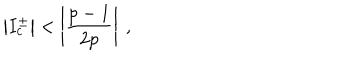
\left| I _ { c } ^ { \pm } \right| < \left| \displaystyle \frac { p - 1 } { 2 p } \right| \: ,